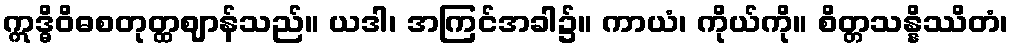
ဣဒ္ဓိဝိဓစတုတ္ထဈာန်သည်။ ယဒါ၊ အကြင်အခါ၌။ ကာယံ၊ ကိုယ်ကို။ စိတ္တသန္နိဿိတံ၊